Report of the Municipal Commissioner on the plague in Bombay for the year ending 31st May... - Volume 2
Disease focus: Plague
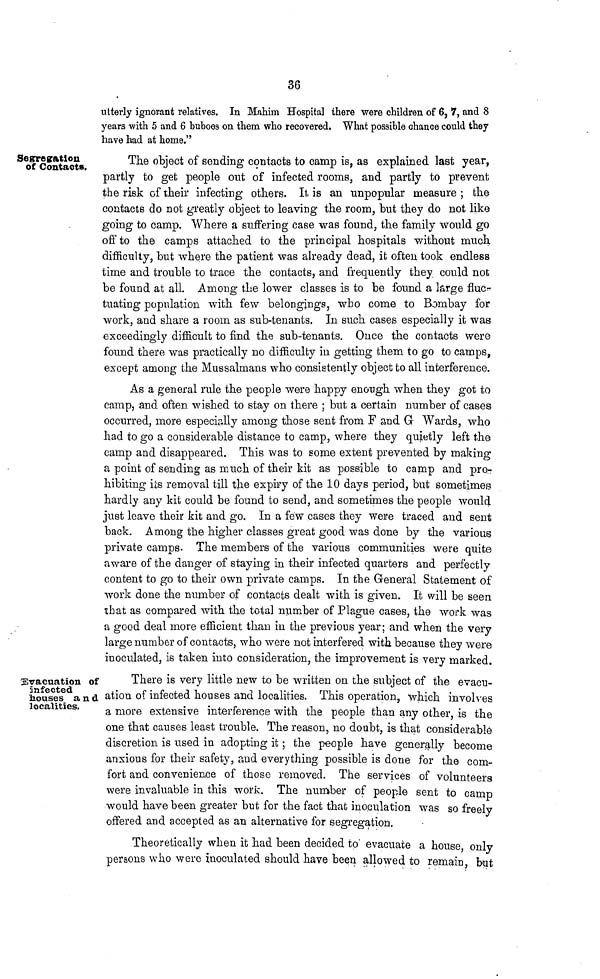
36
utterly ignorant relatives. In Mahim Hospital there were children of 6, 7, and 8
years with 5 and 6 buboes on them who recovered. What possible chance could they
have had at home."
Segregation
of Contacts.
The object of sending contacts to camp is, as explained last year,
partly to get people out of infected rooms, and partly to prevent
the risk of their infecting others. It is an unpopular measure ; the
contacts do not greatly object to leaving the room, but they do not like
going to camp. Where a suffering case was found, the family would go
off to the camps attached to the principal hospitals without much
difficulty, but where the patient was already dead, it often took endless
time and trouble to trace the contacts, and frequently they could not
be found at all. Among the lower classes is to be found a large fuc-
tuating population with few belongings, who come to Bombay for
work, and share a room as sub-tenants, In such cases especially it was
exceedingly difficult to find the sub-tenants. Once the contacts were
found there was practically no difficulty in getting them to go to camps,
except among the Mussalmans who consistently object to all interference.
As a general rule the people were happy enough when they got to
camp, and often wished to stay on there ; but a certain number of cases
occurred, more especially among those sent from F and G Wards, who
had to go a considerable distance to camp, where they quietly left the
camp and disappeared. This was to some extent prevented by making
a point of sending as much of their kit as possible to camp and pro-
hibiting its removal till the expiry of the 10 days period, but sometimes
hardly any kit could be found to send, and sometimes the people would
just leave their kit and go. In a few cases they were traced and sent
back. Among the higher classes great good was done by the various
private camps. The members of the various communities were quite
aware of the danger of staying in their infected quarters and perfectly
content to go to their own private camps. In the General Statement of
work done the number of contacts dealt with is given. It will be seen
that as compared with the total number of Plague cases, the work was
a good deal more efficient than in the previous year; and when the very
large number of contacts, who were not interfered with because they were
inoculated, is taken into consideration, the improvement is very marked.
Evacuation of
infected
houses and
localities.
There is very little new to be written on the subject of the evacu-
ation of infected houses and localities. This operation, which involves
a more extensive interference with the people than any other, is the
one that causes least trouble. The reason, no doubt, is that considerable
discretion is used in adopting it; the people have generally become
anxious for their safety, and everything possible is done for the com-
fort and convenience of those removed. The services of volunteers
were invaluable in this work. The number of people sent to camp
would have been greater but for the fact that inoculation was so freely
offered and accepted as an alternative for segregation.
Theoretically when it had been decided to evacuate a house, only
persons who were inoculated should have been allowed to remain but